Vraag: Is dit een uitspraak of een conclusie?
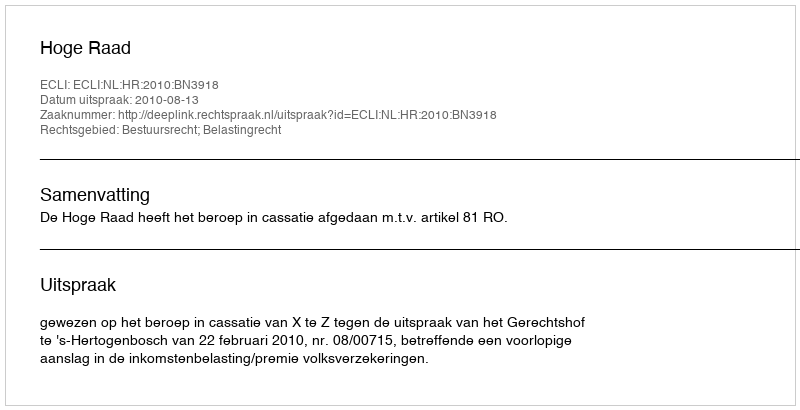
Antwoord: Uitspraak